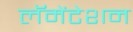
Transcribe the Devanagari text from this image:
लॅमेंटेशन